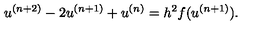
u ^ { ( n + 2 ) } - 2 u ^ { ( n + 1 ) } + u ^ { ( n ) } = h ^ { 2 } f ( u ^ { ( n + 1 ) } ) .